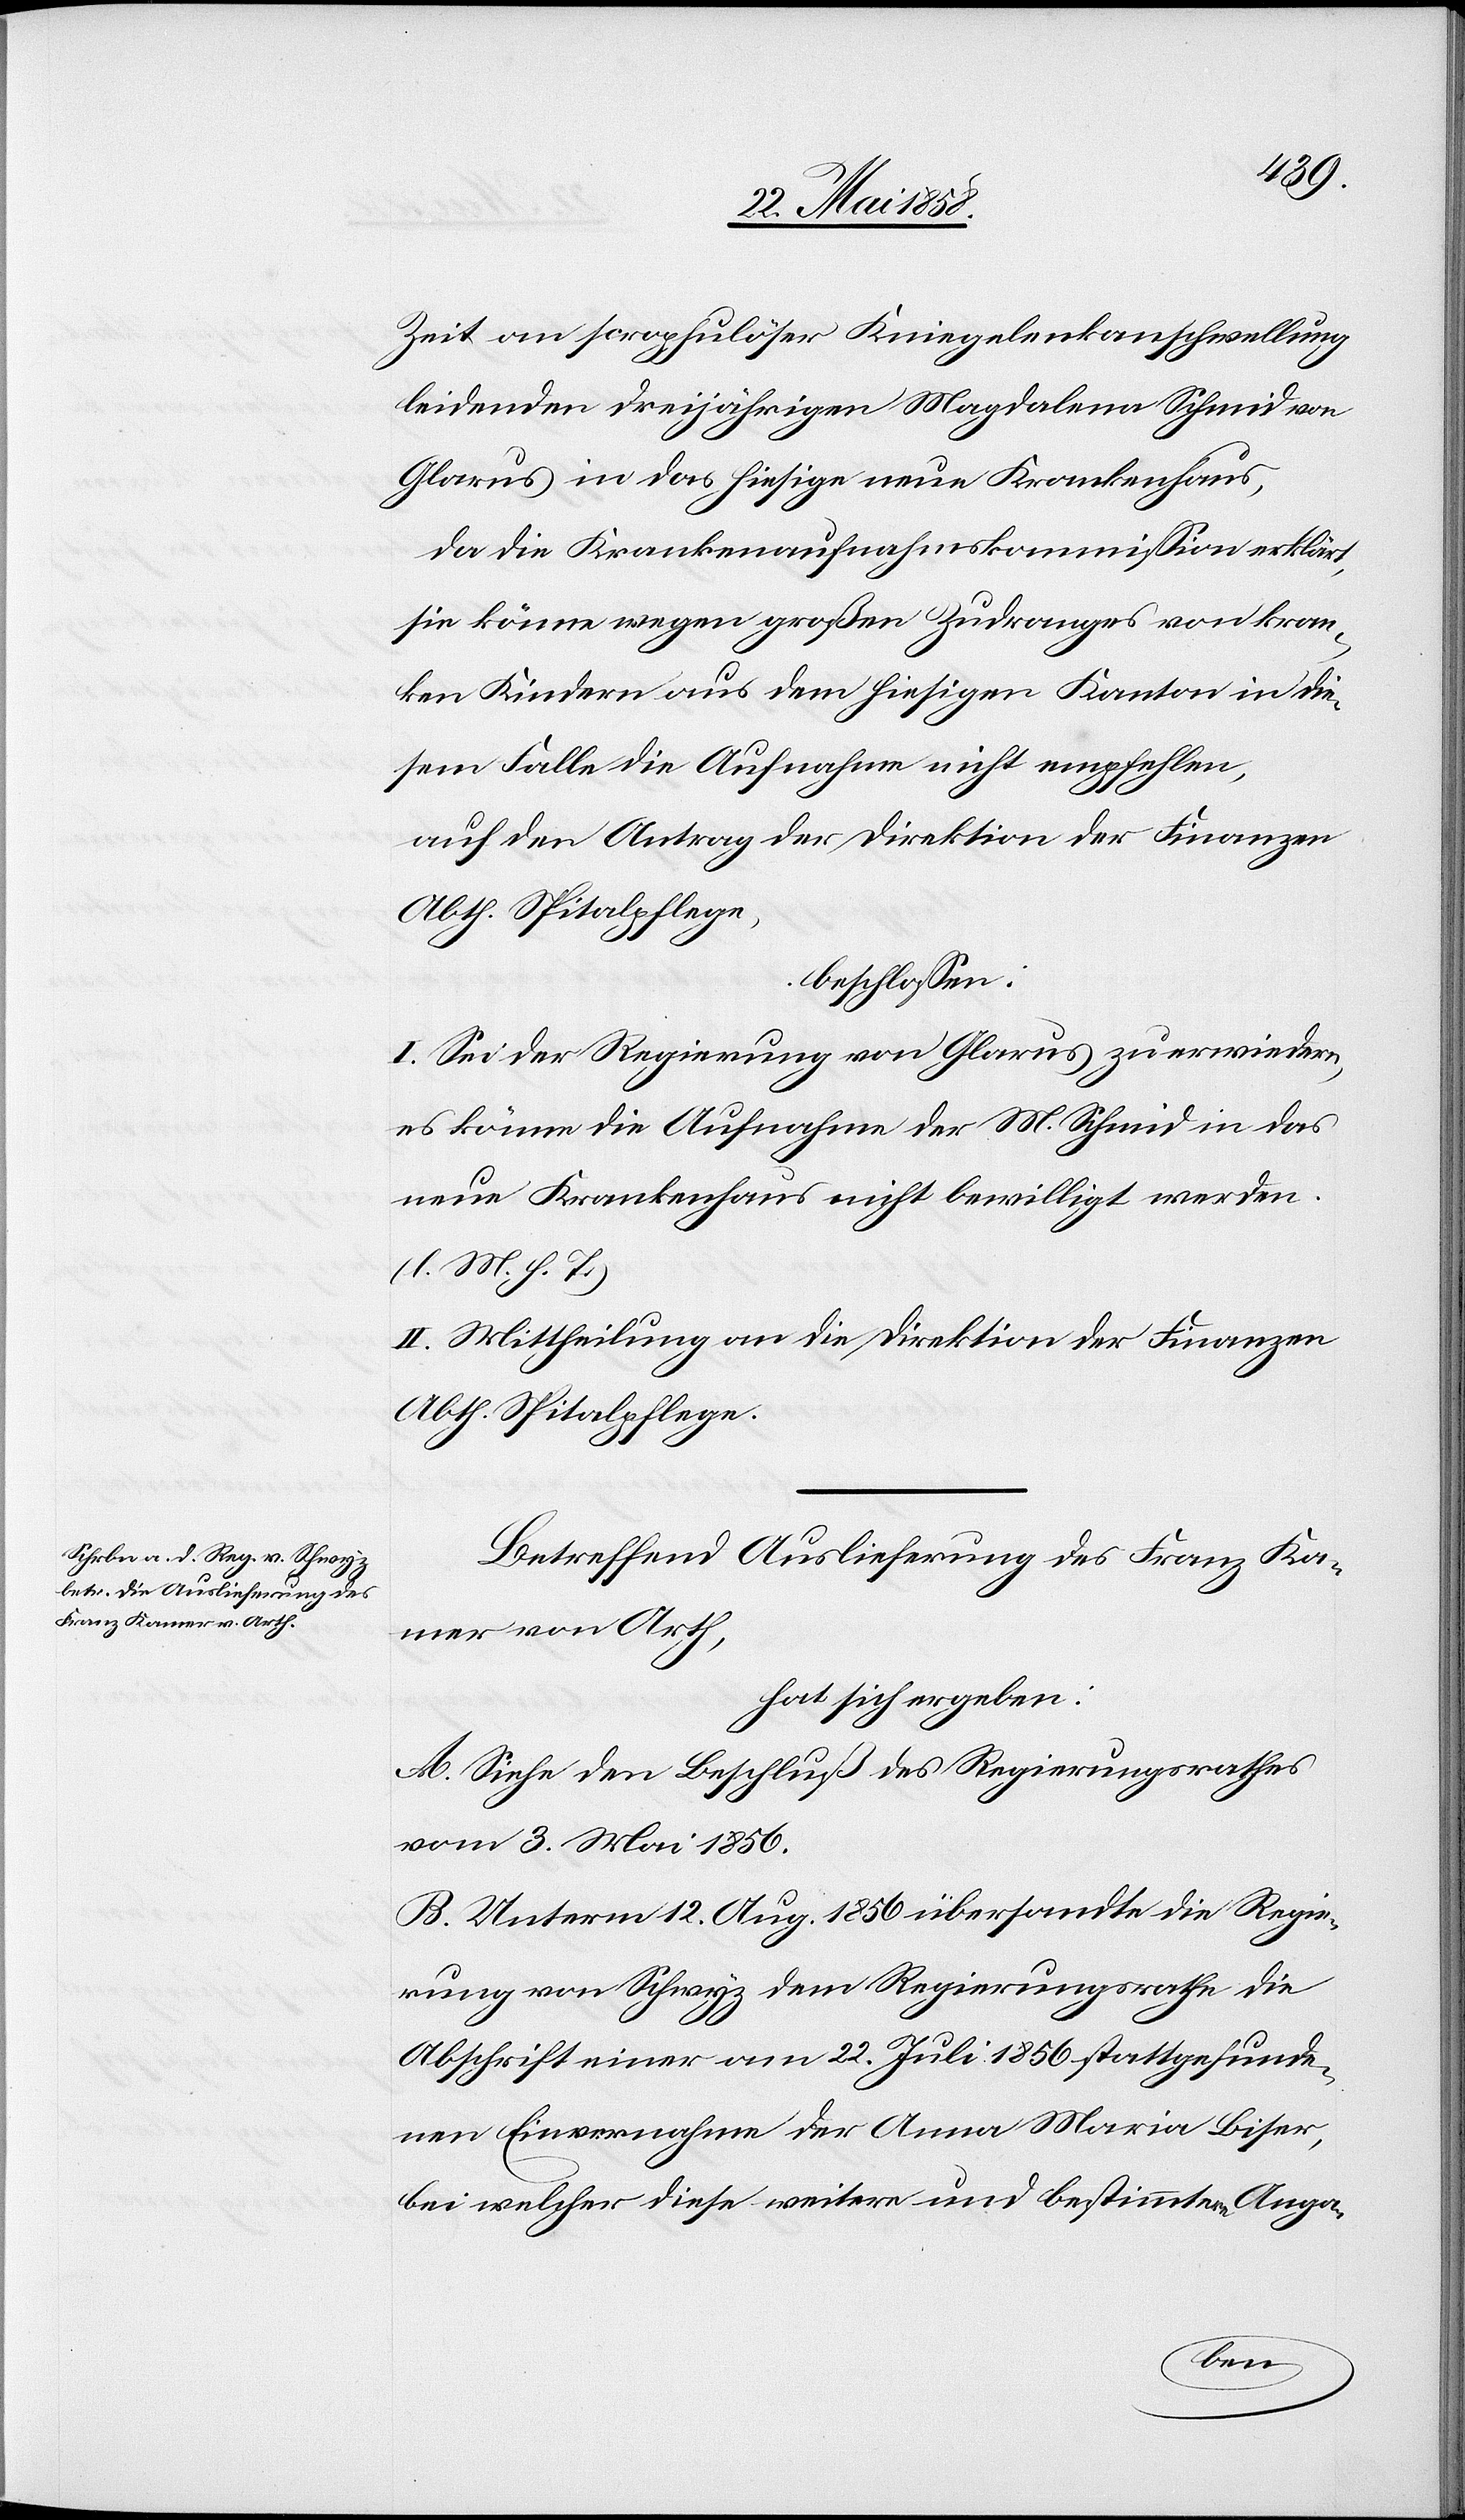
Zeit an scrophulöser Kniegelenkanschwellung
leidenden dreijährigen Magdalena Schmid von
Glarus in das hiesige neue Krankenhaus,
da die Krankenaufnahmskommission erklärt,
sie könne wegen großen Zudranges von kran¬
ken Kindern aus dem hiesigen Kanton in die¬
sem Falle die Aufnahme nicht empfehlen,
auf den Antrag der Direktion der Finanzen
Abth. Spitalpflege,
beschlossen:
I. Sei der Regierung von Glarus zu erwiedern,
es könne die Aufnahme der M. Schmid in das
neue Krankenhaus nicht bewilligt werden.
(l. M. h. T.)
II. Mittheilung an die Direktion der Finanzen
Abth. Spitalpflege.
Betreffend Auslieferung des Franz Ka¬
mer von Arth,
hat sich ergeben:
A. Siehe den Beschluß des Regierungsrathes
vom 3. Mai 1856.
B. Unterm 12. Aug. 1856 übersandte die Regie¬
rung von Schwyz dem Regierungsrathe die
Abschrift einer am 22. Juli 1856 stattgefunde¬
nen Einvernahme der Anna Maria Biser,
bei welcher diese weitere und bestimmtere Anga-